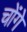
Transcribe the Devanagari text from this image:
चोंगे